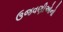
ઉજવણીઓનો